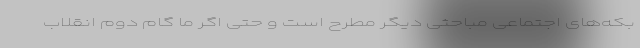
بکه‌های اجتماعی مباحثی دیگر مطرح است و حتی اگر ما گام دوم انقلاب